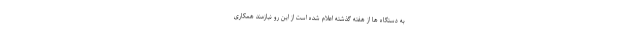
به دستگاه ها از هفته گذشته اعلام شده است از این رو نیازمند همکاری